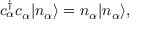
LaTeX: c _ { \alpha } ^ { \dagger } c _ { \alpha } | n _ { \alpha } \rangle = n _ { \alpha } | n _ { \alpha } \rangle ,